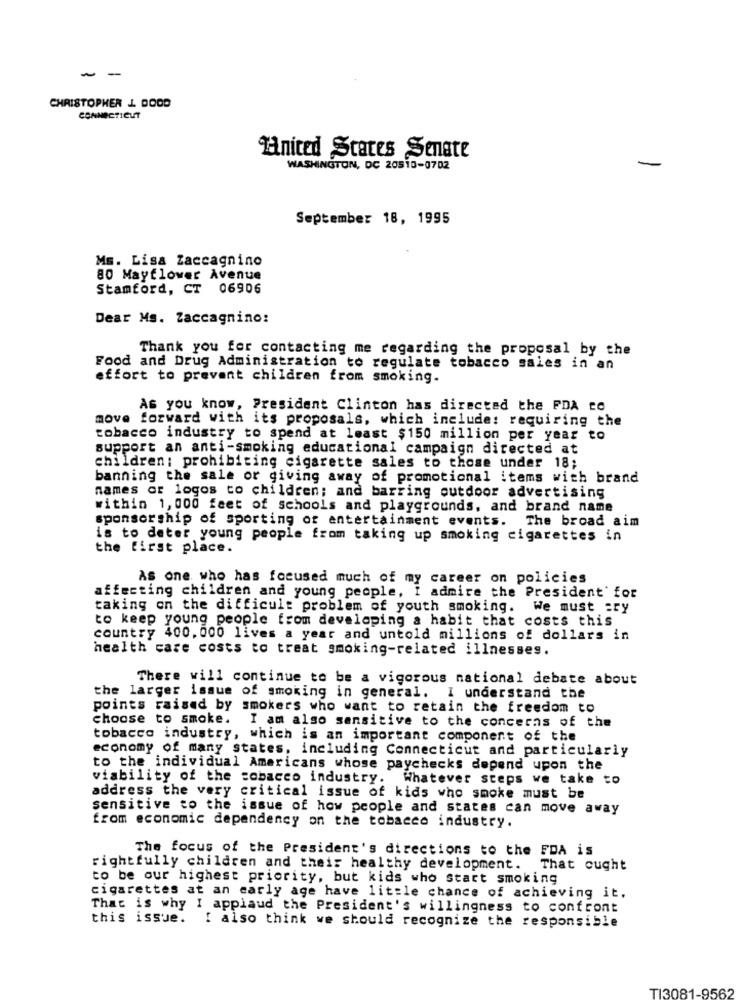
- -
CHRISTOPHER L. DOOD
CONNECTICUT
United States Senate
WASHINGTON, DC 20510-0702
-
September 18, 1995
Ms. Lisa Zaccagnino
80 Mayflower Avenue
Stamford, CT 06906
Dear Ms. Zaccagnino:
Thank you for contacting me regarding the proposal by the
Food and Drug Administration to regulate tobacco sales in an
effort to prevent children from smoking.
As you know, President Clinton has directed the FDA to
move forward with its proposals, which include: requiring the
tobacco industry to spend at least $150 million per year to
support an anti-smoking educational campaign directed at
children: prohibiting cigarette sales to those under 18;
banning the sale or giving away of promotional items with brand
names or logos to children; and barring outdoor advertising
within 1, 000 feet of schools and playgrounds, and brand name
sponsorship of sporting of entertainment events. The broad aim
is to deter young people from taking up smoking cigarettes in
the first place.
AS one who has focused much of my career on policies
affecting children and young people, I admire the President' for
taking on the difficult problem of youth smoking. We must =ry
to keep young people from developing a habit that costs this
country 400. 000 lives a year and untold millions of dollars in
health care costs to treat smoking-related illnesses.
There will continue to be a vigorous national debate about
the larger issue of smoking in general. I understand the
points raised by smokers who want to retain the freedom to
choose to smoke. I am also sensitive to the concerns of the
tobacco industry, which is an important component of the
economy of many states, including Connecticut and particularly
to the individual Americans whose paychecks depend upon the
viability of the tobacco industry. Whatever steps we take to
address the very critical issue of kids who smoke must be
Sensitive to the issue of how people and states can move away
from economic dependency on the tobacco industry.
The focus of the President's directions to the FDA is
rightfully children and their healthy development. That ought
to be our highest priority, but kids who Start smoking
cigarettes at an early age have little chance of achieving it.
That is why I applaud the President's willingness to confront
this issue. I also think we should recognize the responsible
TI3081-9562